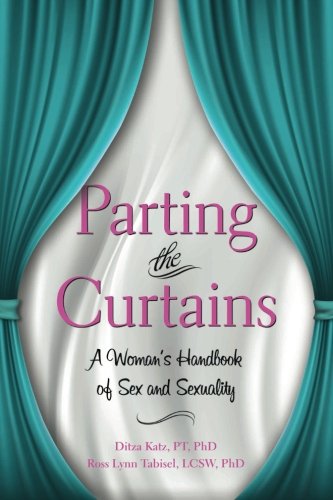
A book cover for Parting the Curtains: A Woman's Handbook of Sex and Sexuality; Ditza Katz; Health, Fitness & Dieting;